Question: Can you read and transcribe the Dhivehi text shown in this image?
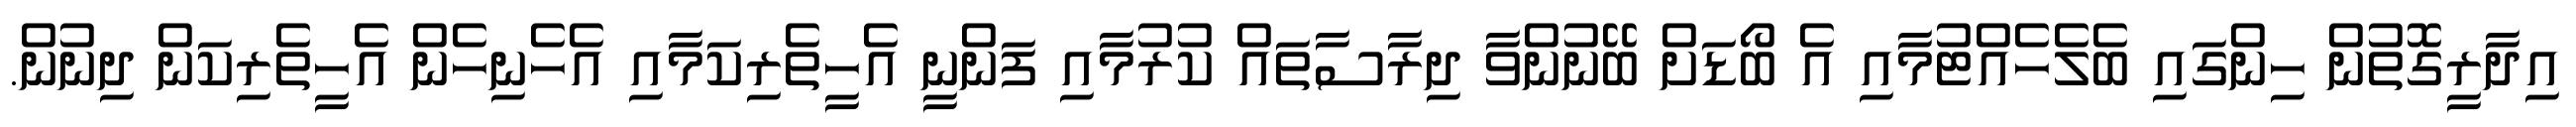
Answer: އިދާރީގޮތުން ހިންގައި ބެލެހެއްޓުމާއި އެ ބޯޑަށް ބޭނުންވާ ދިރާސާތައް ކުރުމާއި ފަންނީ އެހީތެރިކަމާއި އެހެނިހެން އެހީތެރިކަން ދިނުން.